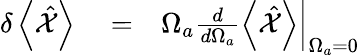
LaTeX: \begin{array}{rlr}{\delta\left<\hat{\mathcal X}\right>}&{{}=}&{\Omega_{a}\frac{d}{d\Omega_{a}}\left.\left<\hat{\mathcal X}\right>\right|_{\Omega_{a}=0}}\end{array}